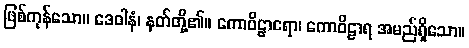
ဖြစ်ကုန်သော။ ဒေဝါနံ၊ နတ်တို့၏။ ကောဝိဠာရော၊ ကောဝိဠာရ အမည်ရှိသော။